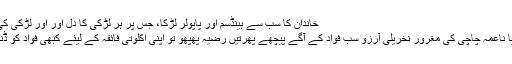
خاندان کا سب سے ہینڈسم اور پاپولر لڑکا، جس پر ہر لڑکی کا دل اور اور لڑکی کی ماں کی نظر تھی
ندا اور سامیہ ہوں یا ناعمہ چاچی کی مغرور نخریلی آرزو سب فواد کے آگے پیچھے پھرتیں رضیہ پھپھو تو اپنی اکلوتی فائقہ کے لیئے کبھی فواد کو ڈنر پر بلا رہی ہوتی۔